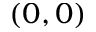
\left( 0 , 0 \right)